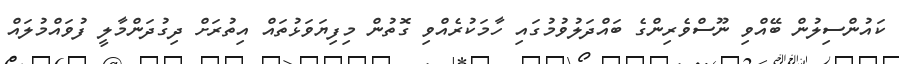
ކައުންސިލުން ބޭއްވި ނޫސްވެރިންގެ ބައްދަލުވުމުގައި ހާމަކުރެއްވި ގޮތުން މިފިޔަވަޅުތައް އިތުރަށް ދިގުދަންމާލީ ފުވައްމުލައް